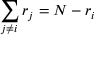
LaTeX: \sum _ { j \neq i } r _ { j } = N - r _ { i }